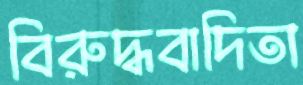
বিরুদ্ধবাদিতা